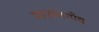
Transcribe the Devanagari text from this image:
माजलगाँव